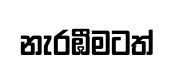
නැරඹීමටත්